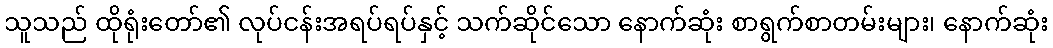
သူသည် ထိုရုံးတော်၏ လုပ်ငန်းအရပ်ရပ်နှင့် သက်ဆိုင်သော နောက်ဆုံး စာရွက်စာတမ်းများ၊ နောက်ဆုံး